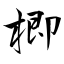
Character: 楖